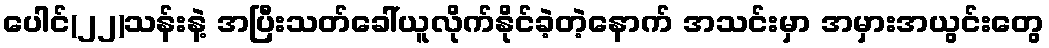
ပေါင်(၂၂)သန်းနဲ့ အပြီးသတ်ခေါ်ယူလိုက်နိုင်ခဲ့တဲ့နောက် အသင်းမှာ အမှားအယွင်းတွေ